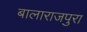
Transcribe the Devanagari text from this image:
बालाराजपुरा